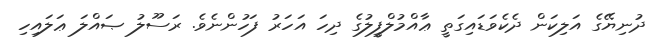
ދުނިޔޭގެ އަލިކަން ދެކެވަޑައިގަތީ ޢާއްމުލްފީލުގެ ދިހަ އަހަރު ފަހުންނެވެ. ރަސޫލު ޞައްލަ ޢަލައިހި